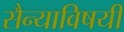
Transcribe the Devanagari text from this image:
सैन्याविषयी